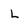
Character: l